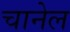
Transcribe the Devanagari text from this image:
चानेल